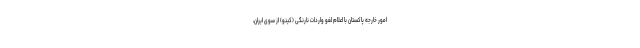
امور خارجه پاکستان با اعلام لغو واردات نارنگی (کینو) از سوی ایران،